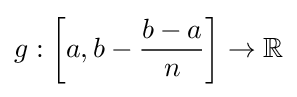
g:\left[a,b-{\dfrac {b-a}{n}}\right]\to \mathbb {R}